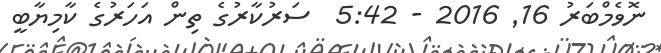
ނޮވެމްބަރު 16